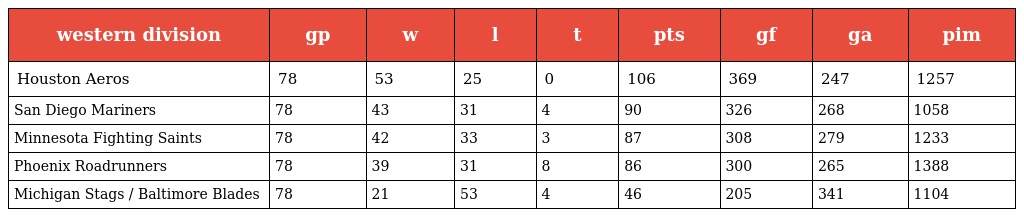
| western division | gp | w | l | t | pts | gf | ga | pim |
 | --- | --- | --- | --- | --- | --- | --- | --- | --- |
 | Houston Aeros | 78 | 53 | 25 | 0 | 106 | 369 | 247 | 1257 |
 | San Diego Mariners | 78 | 43 | 31 | 4 | 90 | 326 | 268 | 1058 |
 | Minnesota Fighting Saints | 78 | 42 | 33 | 3 | 87 | 308 | 279 | 1233 |
 | Phoenix Roadrunners | 78 | 39 | 31 | 8 | 86 | 300 | 265 | 1388 |
 | Michigan Stags / Baltimore Blades | 78 | 21 | 53 | 4 | 46 | 205 | 341 | 1104 |